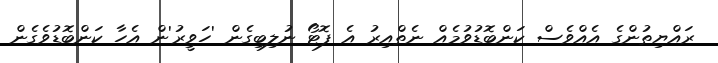
ރައްޔިތުންގެ އެއްވެސް ކަންބޮޑުވުމެއް ނެތްއިރު އެ ފޮޓޯ ނުލިބިގެން 'ހަވީރު'ން އެހާ ކަންބޮޑުވެގެން